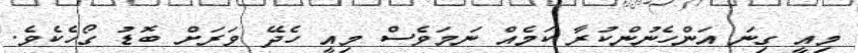
މިއީ ގިނަ އަންހެނުންކުރާ ކަމެއް ނަމަވެސް މިއީ ހެދޭ ވަރަށް ބޮޑު ގޯހެކެވެ.